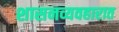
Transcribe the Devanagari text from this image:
शासनव्यवहारात